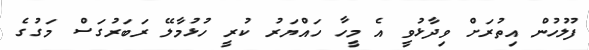
ފުލުހުން އިތުރަށް ވިދާޅުވީ އެ މީހާ ހައްޔަރު ކުރީ ހުޅުމާލޭ ރަބަރުގަސް މަގުގެ